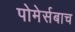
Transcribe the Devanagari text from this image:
पोमेर्सबाच